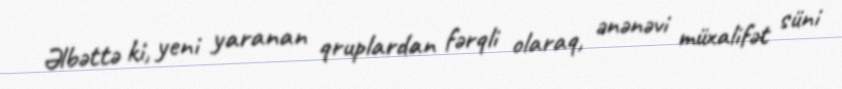
Əlbəttə ki, yeni yaranan qruplardan fərqli olaraq, ənənəvi müxalifət süni